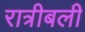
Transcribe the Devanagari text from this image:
रात्रीबली